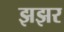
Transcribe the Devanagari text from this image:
झझर